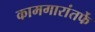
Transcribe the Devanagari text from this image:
कामगारांतर्फे